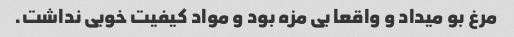
مرغ بو میداد و واقعا بی مزه بود و مواد کیفیت خوبی نداشت.